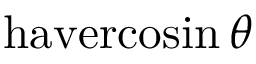
\operatorname { h a v e r c o s i n } \theta